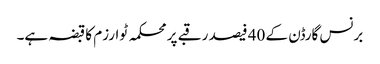
برنس گارڈن کے 40 فیصد رقبے پر محکمہ ٹوارزم کا قبضہ ہے۔